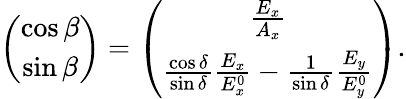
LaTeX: \begin{array}{r}{\left(\begin{array}{c}{\cos\beta}\\ {\sin\beta}\end{array}\right)=\left(\begin{array}{c}{\frac{E_{x}}{A_{x}}}\\ {\frac{\cos\delta}{\sin\delta}\frac{E_{x}}{E_{x}^{0}}-\frac{1}{\sin\delta}\frac{E_{y}}{E_{y}^{0}}}\end{array}\right).}\end{array}